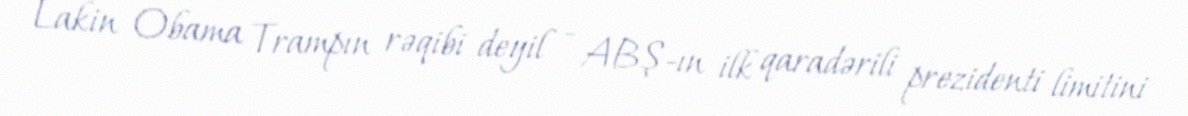
Lakin Obama Trampın rəqibi deyil - ABŞ-ın ilk qaradərili prezidenti limitini